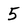
Character: 5